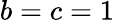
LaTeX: b=c=1